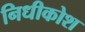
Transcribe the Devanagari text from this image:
निधीकोश